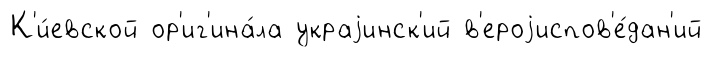
К'и́евской ор'иг'ина́ла украjинск'ий в'ероjиспов'е́дан'ий